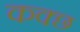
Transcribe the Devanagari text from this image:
कक्छ